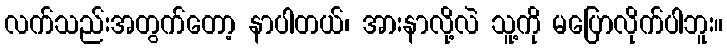
လက်သည်းအတွက်တော့ နာပါတယ်၊ အားနာလို့လဲ သူ့ကို မပြောလိုက်ပါဘူး။